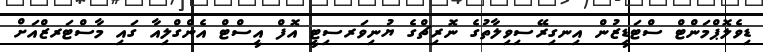
ޑިވެލޮޕްމަންޓް ސްޓަޑީޒުން އިނގިރޭސިވިލާތުގެ ނޮރިޗްގެ ޔުނިވަރސިޓީ އޮފް އީސްޓް އެންގްލިއާ ގައި މާސްޓަރޒްއަށް